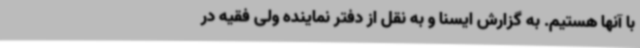
با آنها هستیم. به گزارش ایسنا و به نقل از دفتر نماینده ولی فقیه در